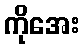
ကိုအေး